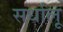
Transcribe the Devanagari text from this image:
सर्धालू